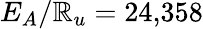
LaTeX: E_{A}/\mathbb{R}_{u}=24{,}358